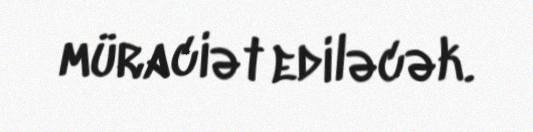
müraciət ediləcək.